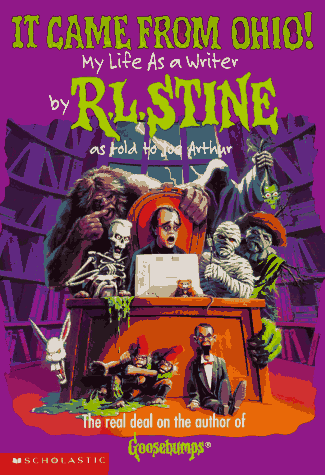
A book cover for It Came from Ohio: My Life as a Writer (Goosebumps); R. L. Stine; Mystery, Thriller & Suspense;